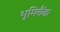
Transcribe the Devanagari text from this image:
भूमिबैंक